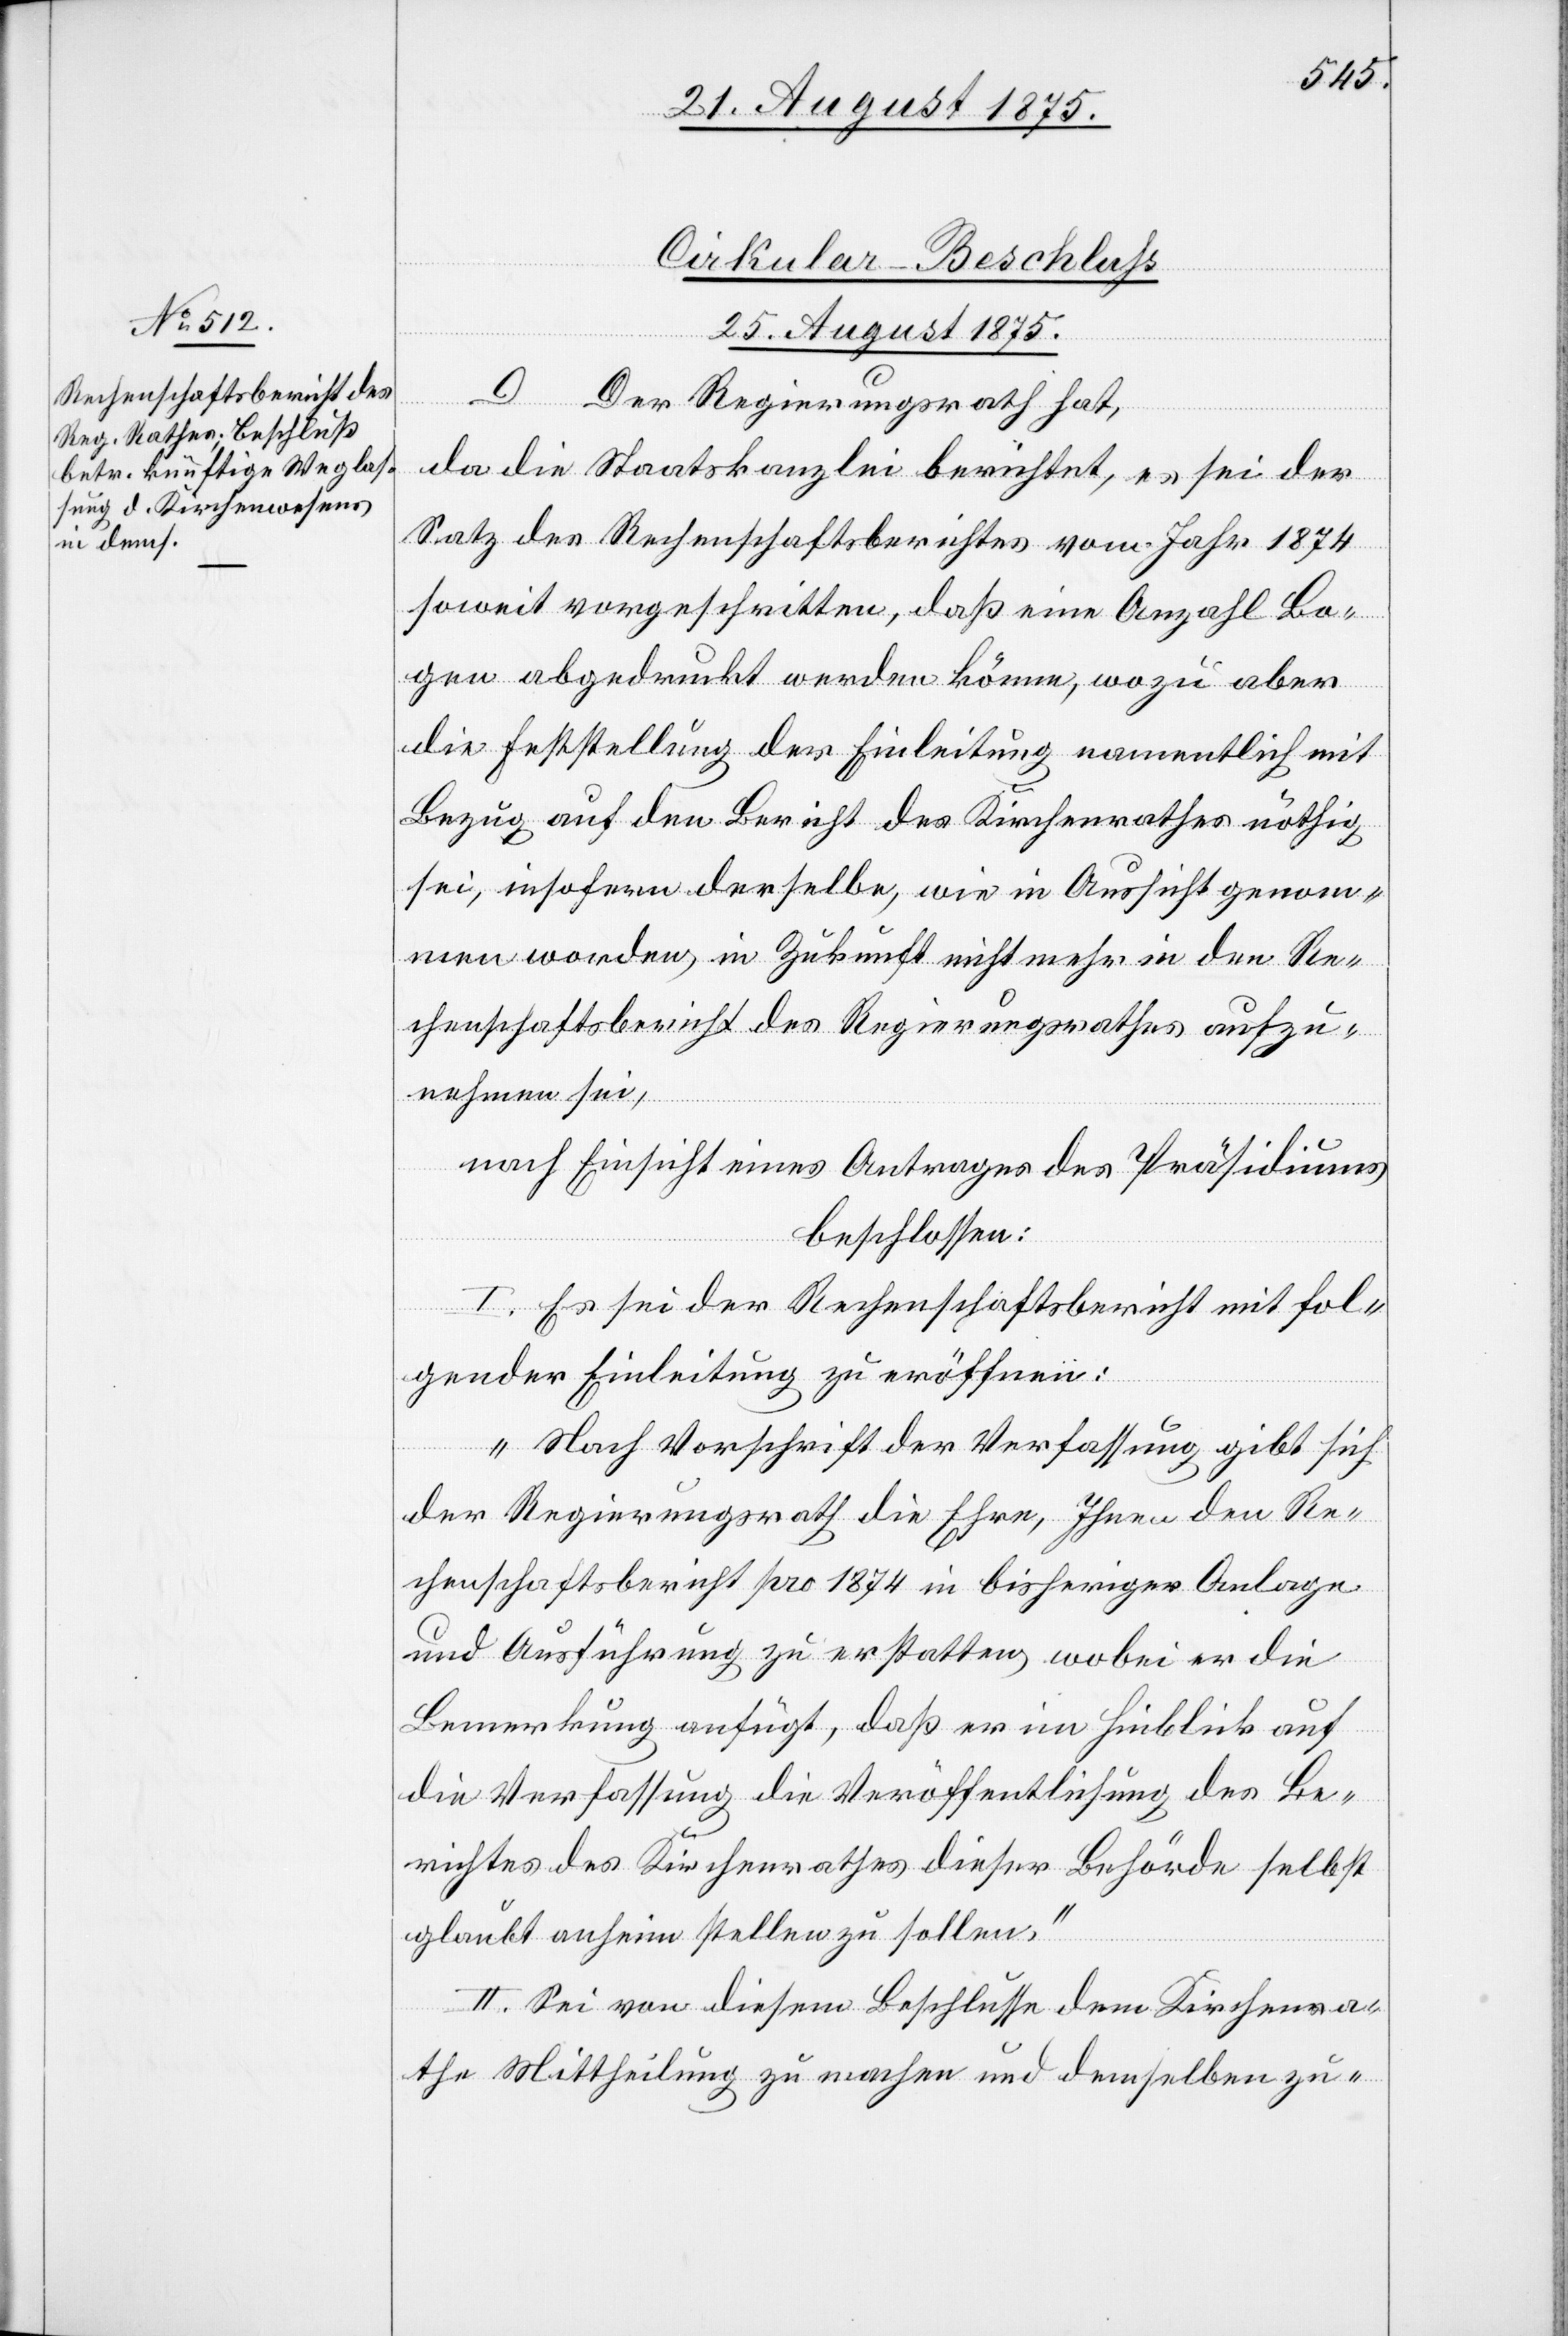
Cirkular-Beschluß
25. August 1875.
hat,
da die Staatskanzlei berichtet, es sei der
Satz des Rechenschaftsberichtes vom Jahr 1874
soweit vorgeschritten, daß eine Anzahl Bo¬
gen abgedruckt werden könne, wozu aber
die Feststellung der Einleitung namentlich mit
Bezug auf den Bericht des Kirchenrathes nöthig
sei, insofern derselbe, wie in Aussicht genom¬
men worden, in Zukunft nicht mehr in den Re¬
chenschaftsbericht des Regierungsrathes aufzu¬
nehmen sei,
nach Einsicht eines Antrages des Präsidiums
beschlossen:
I. Es sei der Rechenschaftsbericht mit fol¬
gender Einleitung zu eröffnen:
„Nach Vorschrift der Verfassung gibt sich
der Regierungsrath die Ehre, Ihnen den Re¬
chenschaftsbericht pro 1874 in bisheriger Anlage
und Ausführung zu erstatten, wobei er die
Bemerkung anfügt, daß er im Hinblick auf
die Verfassung die Veröffentlichung des Be¬
richtes des Kirchenrathes dieser Behörde selbst
glaubt anheim stellen zu sollen.“
II. Sei von diesem Beschlusse dem Kirchenra¬
the Mittheilung zu machen und demselben zu-